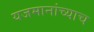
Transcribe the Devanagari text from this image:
यजमानांच्याच